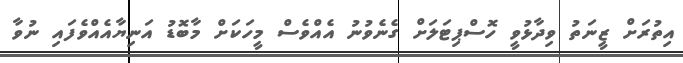
އިތުރަށް ޒީނަތު ވިދާޅުވީ ހޮސްޕިޓަލަށް ގެނެވުނު އެއްވެސް މީހަކަށް މާބޮޑު އަނިޔާއެއްވެފައި ނުވާ